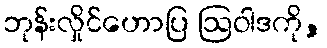
ဘုန်းလှိုင်ဟောပြ ဩဝါဒကို,